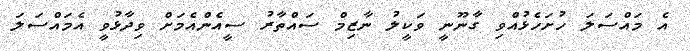
އެ މައްސަލަ ހުށަހެޅުއްވި ގާނޫނީ ވަކީލު ނާޒިމް ސައްތާރު ސީއެންއެމަށް ވިދާޅުވީ އެމައްސަލަ